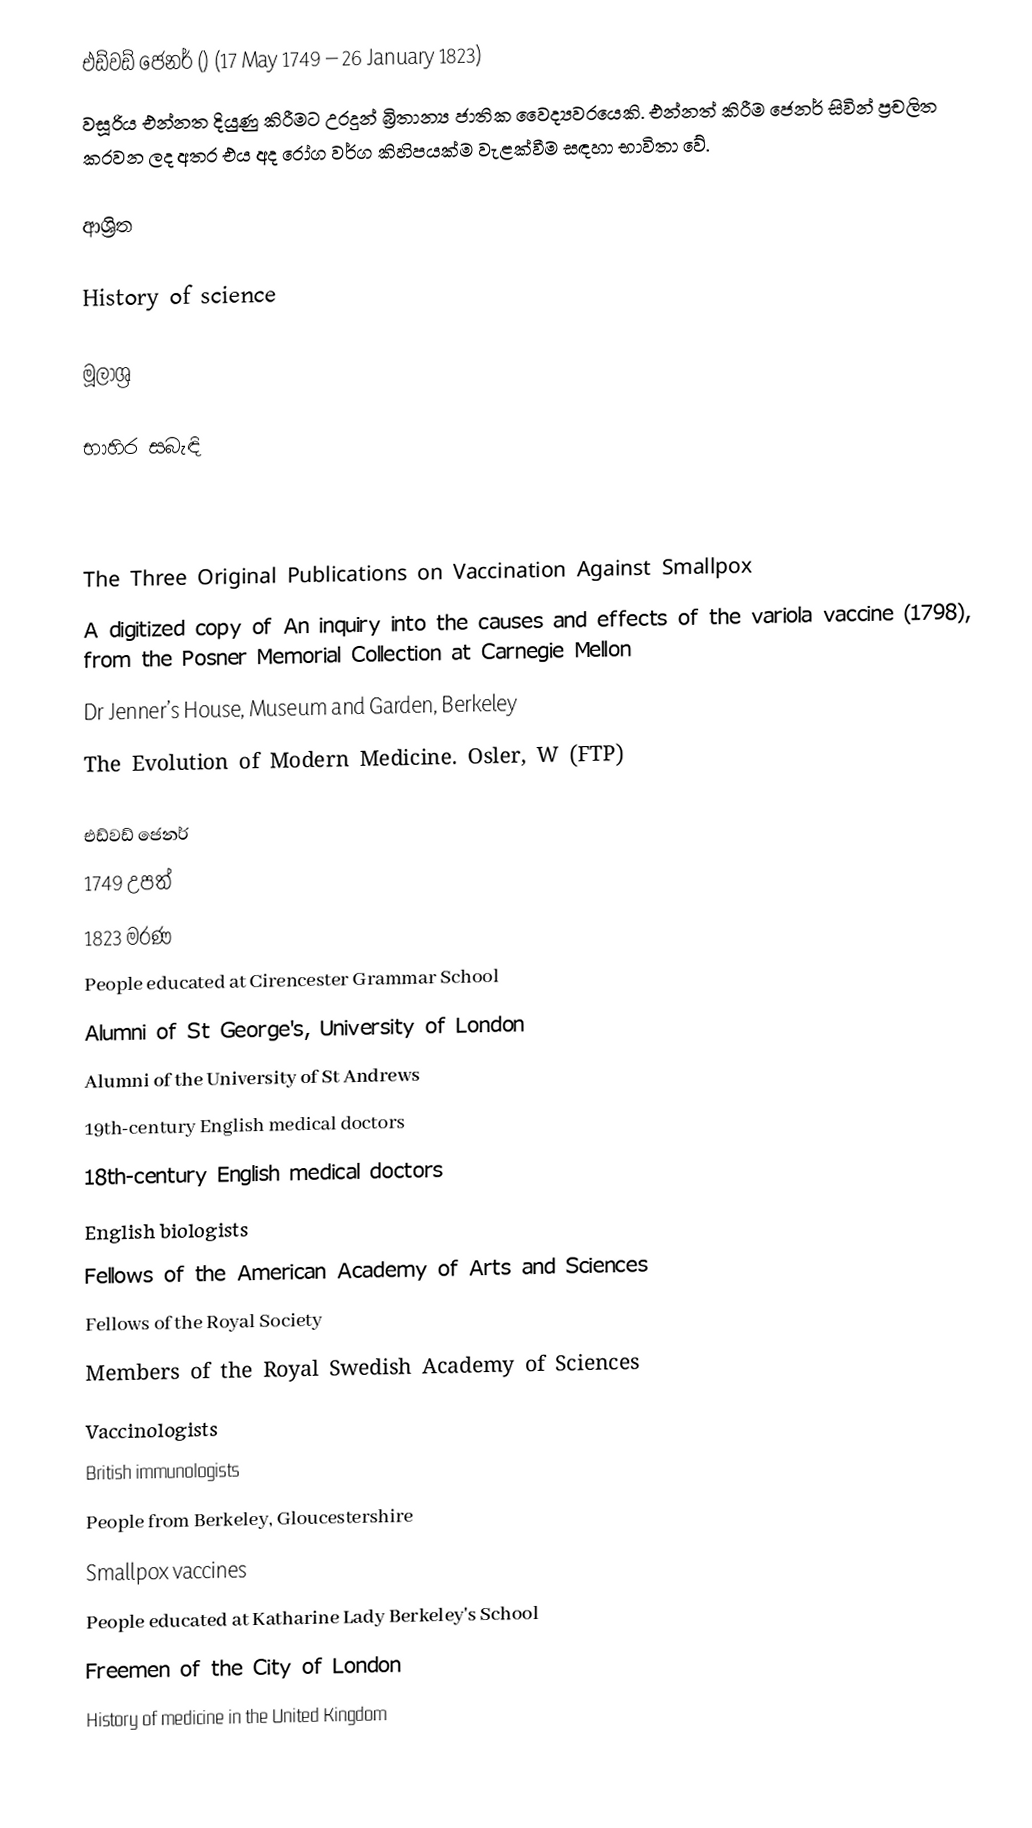
එඩ්වඩ් ජෙනර් ()  (17 May 1749 – 26 January 1823)
වසූරිය එන්නත දියුණු කිරීමට උරදුන් බ්‍රිතාන්‍ය ජාතික වෛද්‍යවරයෙකි. එන්නත් කිරීම ජෙනර් සිවින් ප්‍රචලිත කරවන ලද අතර එය අද රෝග වර්ග කිහිපයක්ම වැළක්වීම සඳහා භාවිතා වේ.

ආශ්‍රිත

 History of science

මූලාශ්‍ර

භාහිර සබැඳි

 The Three Original Publications on Vaccination Against Smallpox
 A digitized copy of An inquiry into the causes and effects of the variola vaccine (1798), from the Posner Memorial Collection at Carnegie Mellon
 Dr Jenner’s House, Museum and Garden, Berkeley
 The Evolution of Modern Medicine. Osler, W (FTP)

එඩ්වඩ් ජෙනර්
1749 උපත්
1823 මරණ
People educated at Cirencester Grammar School
Alumni of St George's, University of London
Alumni of the University of St Andrews
19th-century English medical doctors
18th-century English medical doctors
English biologists
Fellows of the American Academy of Arts and Sciences
Fellows of the Royal Society
Members of the Royal Swedish Academy of Sciences
Vaccinologists
British immunologists
People from Berkeley, Gloucestershire
Smallpox vaccines
People educated at Katharine Lady Berkeley's School
Freemen of the City of London
History of medicine in the United Kingdom